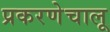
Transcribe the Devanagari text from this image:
प्रकरणेचालू